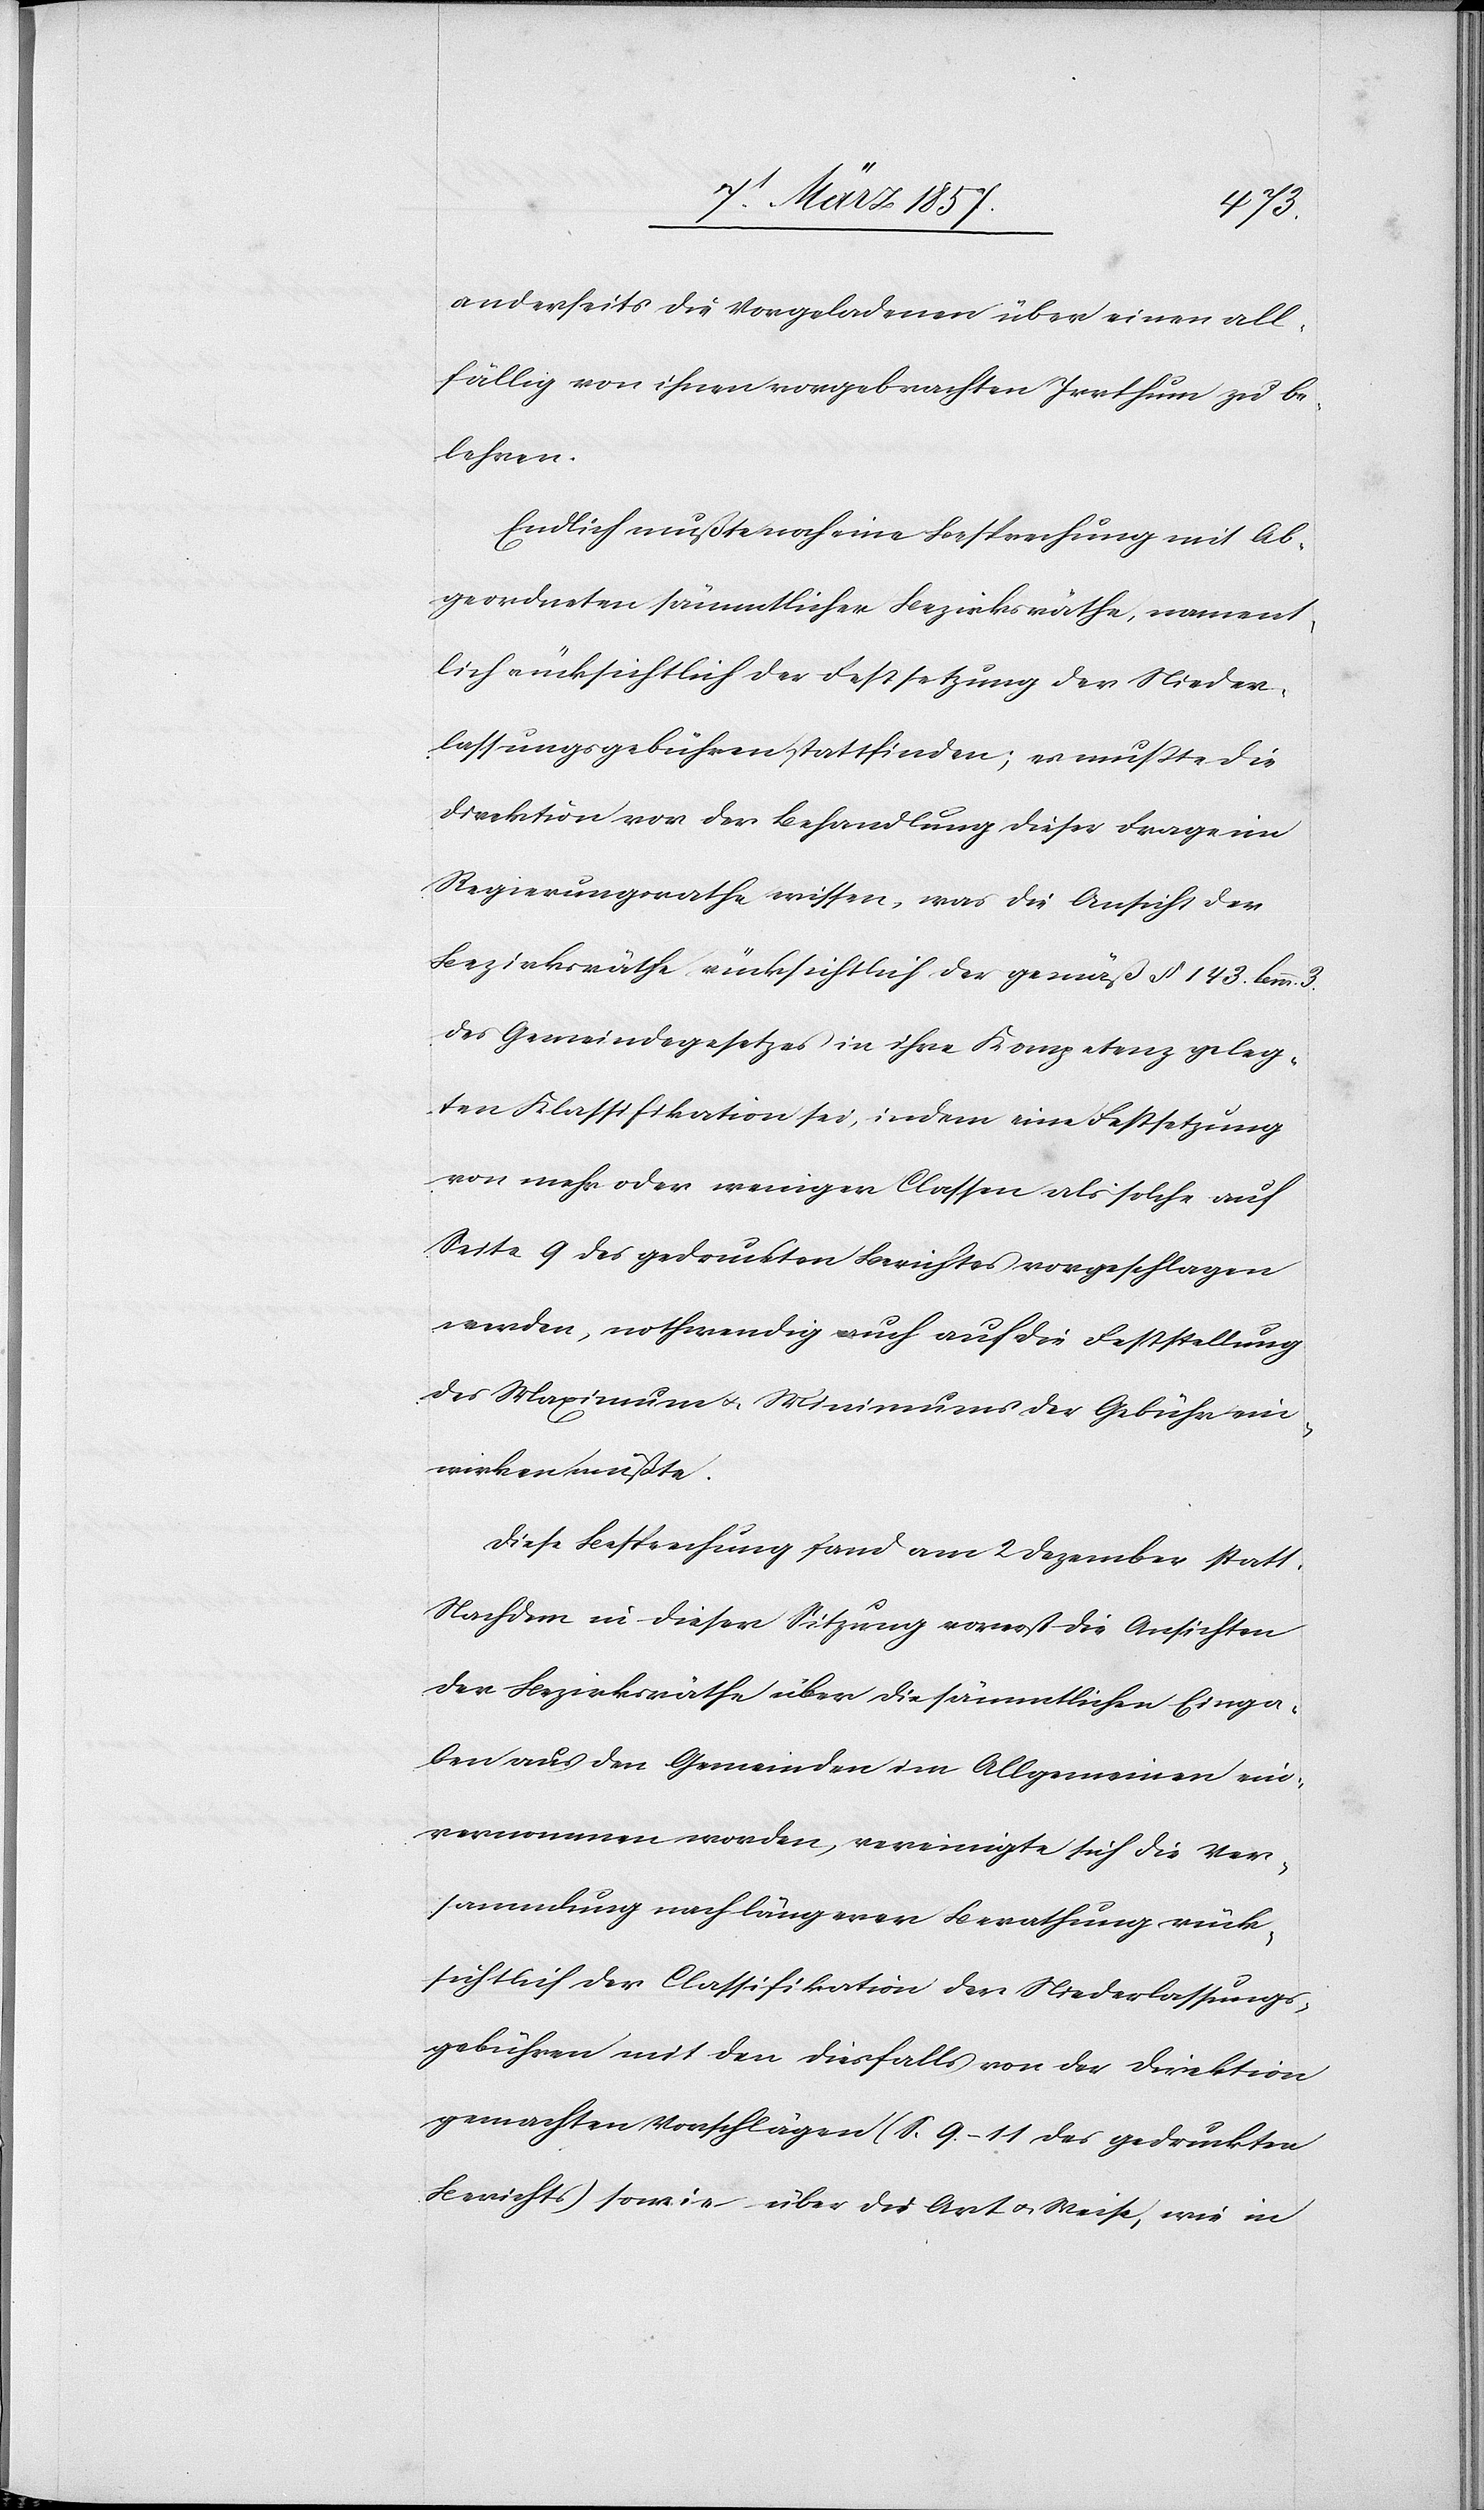
anderseits die Vorgeladenen über einen all¬
fällig von ihnen vorgebrachten Irrthum zu be¬
lehren.
Endlich mußte noch eine Besprechung mit Ab¬
geordneten sämmtlicher Bezirksräthe, nament¬
lich rücksichtlich der Festsetzung der Nieder¬
lassungsgebühren stattfinden; es musste die
Direktion vor der Behandlung dieser Frage im
Regierungsrathe wissen, was die Ansicht der
Bezirksräthe rücksichtlich der gemäß § 143. lemm.
des Gemeindegesetzes in ihre Kompetenz geleg¬
ten Klassifikation sei, indem eine Festsetzung
von mehr oder weniger Classen als solche auf
Seite 9 des gedruckten Berichtes vorgeschlagen
werden, nothwendig auch auf die Feststellung
des Maximum u. Minimums der Gebühr ein¬
wirken müßte.
Diese Besprechung fand am 2 Dezember statt.
Nachdem in dieser Sitzung vorerst die Ansichten
der Bezirksräthe über die sämmtlichen Einga¬
ben aus den Gemeinden im Allgemeinen ein¬
vernommen worden, vereinigte sich die Ver¬
sammlung nach längerer Berathung rück¬
sichtlich der Classifikation der Niederlassungs¬
gebühren mit den diesfalls von der Direktion
gemachten Vorschlägen (S. 9(11 des gedruckten
Berichts) sowie über die Art u. Weise, wie in